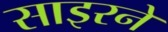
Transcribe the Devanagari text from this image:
साइरने